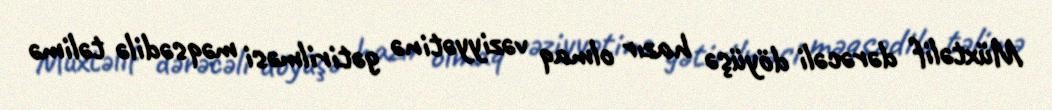
Müxtəlif dərəcəli döyüşə hazır olmaq vəziyyətinə gətirilməsi məqsədilə təlimə